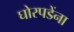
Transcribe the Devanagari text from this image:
घोरपडेंना